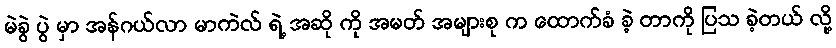
မဲခွဲ ပွဲ မှာ အန်ဂယ်လာ မာကဲလ် ရဲ့ အဆို ကို အမတ် အများစု က ထောက်ခံ ခဲ့ တာကို ပြသ ခဲ့တယ် လို့